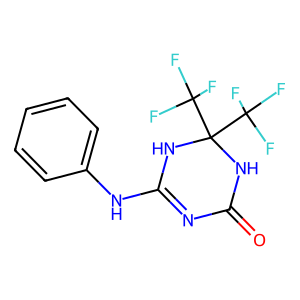
SMILES: O=C1N=C(Nc2ccccc2)NC(C(F)(F)F)(C(F)(F)F)N1
Inhibits HIV replication: No